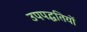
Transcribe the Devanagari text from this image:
उपपद्धतियों